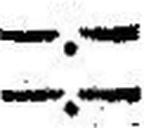
—.—